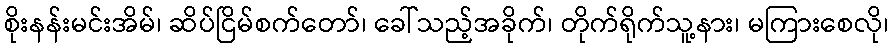
စိုးနန်းမင်းအိမ်၊ ဆိပ်ငြိမ်စက်တော်၊ ခေါ်သည့်အခိုက်၊ တိုက်ရိုက်သူ့နား၊ မကြားစေလို၊